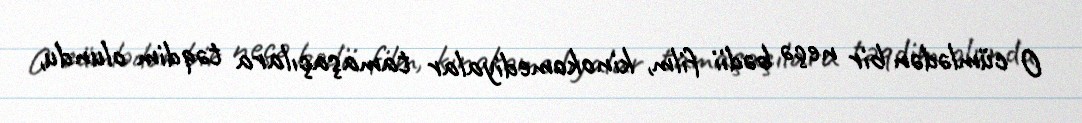
O cümlədən bir neçə bədii film, kinokomediyalar tamaşaçılara təqdim olundu,